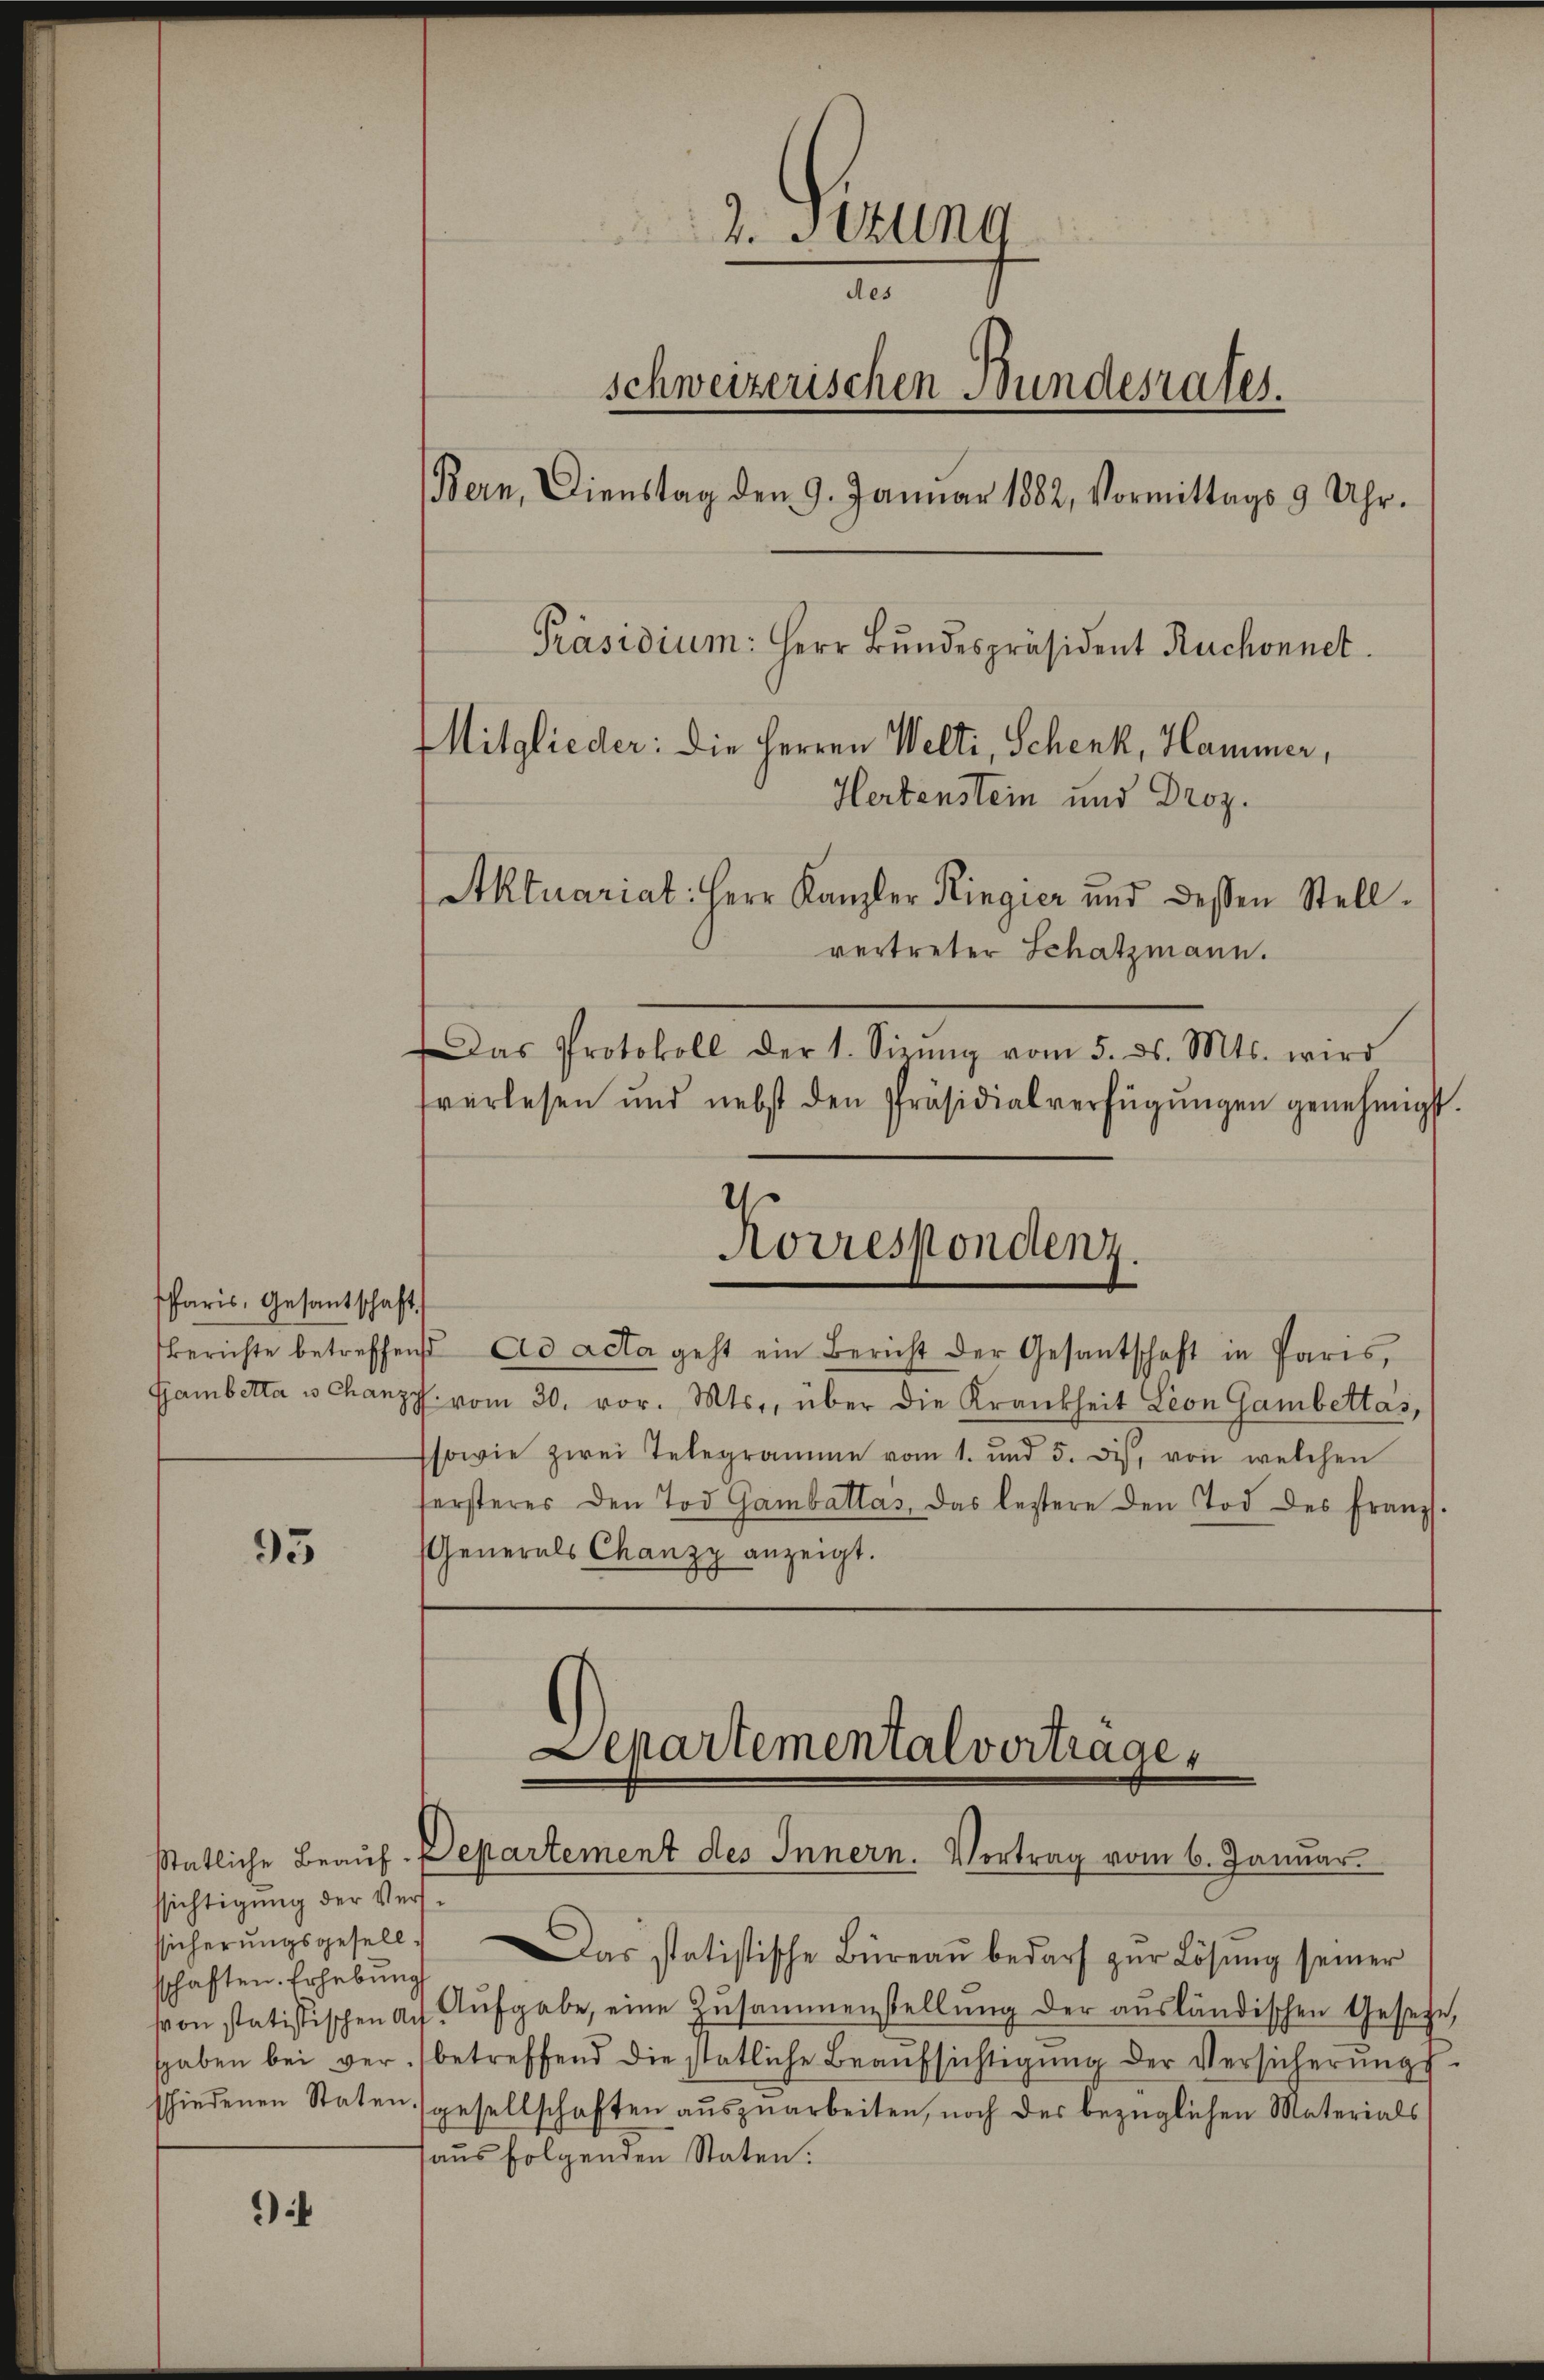
Paris, Gesantschaft.

95

ssichtigung der Versschaften. Erhebung

i

2. Sekung
des
schweizerischen Bundesrates.
Bern, Dienstag den 9. Januar 1882, Vormittags 9 Uhr.
Präsidium: Herr Bundespräsident Ruchonnet.
Mitglieder: die Herren Welti, Schenk, Hammer,
Hertenstein und Droz.
Aktuariat: Herr Kanzler Ringier und dessen Stellvertreter Schatzmann.
Das Protokoll der 1. Sieŭng vom 5. ds. Mts. wird
sverlesen und nebst den Präsidialverfügŭngen genehmigt.

Berichte betreffend ad acta geht ein Bericht der Gesantschaft in Paris,
Gambetta u. chanz vom 30. vor. Mts., über die Krankheit Lion Gambettas,
sowie zwei Telegramme vom 1. und 5. des, von welchen
fersteres den Tod Gambattas, das leztere den Tod des Franz.
Generals Chanzy anzeigt.

Korrespondenz.

Departemental vortrage,
stätliche Beauf-Departement des Innern. Vertrag vom 6. Januar.

ssicherŭngsgesell. Das statistische Büreaŭ bedarf zŭr Lösung seiner
von statistischen ach Aufgabe, eine Zusammenstellŭng der aŭsländischen Gesetze,
shaben bei verbetreffend die statliche Beaŭfsichtigŭng der Versicherŭngs-
schiedenen Staten gesellschaften aŭszŭarbeiten, noch der bezüglichen Materials
haus folgenden Staten.